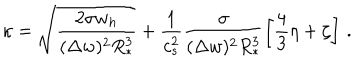
LaTeX: \kappa = \sqrt { \frac { 2 \sigma w _ { h } } { ( \Delta w ) ^ { 2 } R _ { * } ^ { 3 } } } + \frac { 1 } { c _ { s } ^ { 2 } } \frac { \sigma } { ( \Delta w ) ^ { 2 } R _ { * } ^ { 3 } } \left[ \frac { 4 } { 3 } \eta + \zeta \right] \, .